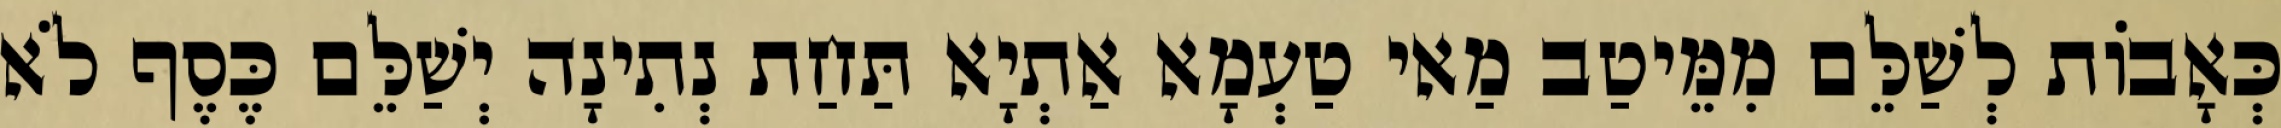
כְּאָבוֹת לְשַׁלֵּם מִמֵּיטַב מַאי טַעְמָא אַתְיָא תַּחַת נְתִינָה יְשַׁלֵּם כֶּסֶף לֹא